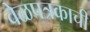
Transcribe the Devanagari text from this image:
वेळपत्रकाची